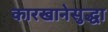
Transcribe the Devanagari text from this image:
कारखानेसुद्धा